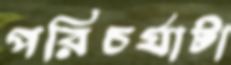
পরিচর্যাটা